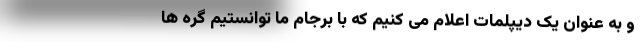
و به عنوان یک دیپلمات اعلام می کنیم که با برجام ما توانستیم گره ها